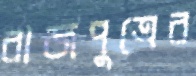
রাজপুত্রের